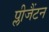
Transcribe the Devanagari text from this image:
प्लीजैंटन